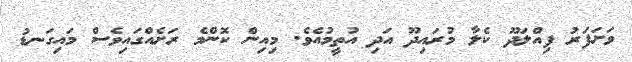
ވަށަފަރު ފިއްލަދޫ ކެލާ މުރައިދޫ އަދި އުތީމުއެވެ. މިއިން ކޮންމެ ރަށެއްގައިވެސް މައިގަނޑު